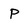
Character: p